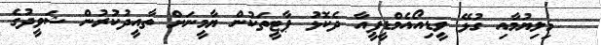
މިލިޔުމާއި ގުޅޭ ވީޑިއޯއެމްޑީޕީއާ ދެކޮޅު ޕާޓީތަކުން ޔާމީނަށް ތާއީދުކުރުން ޝަވީދުގެ